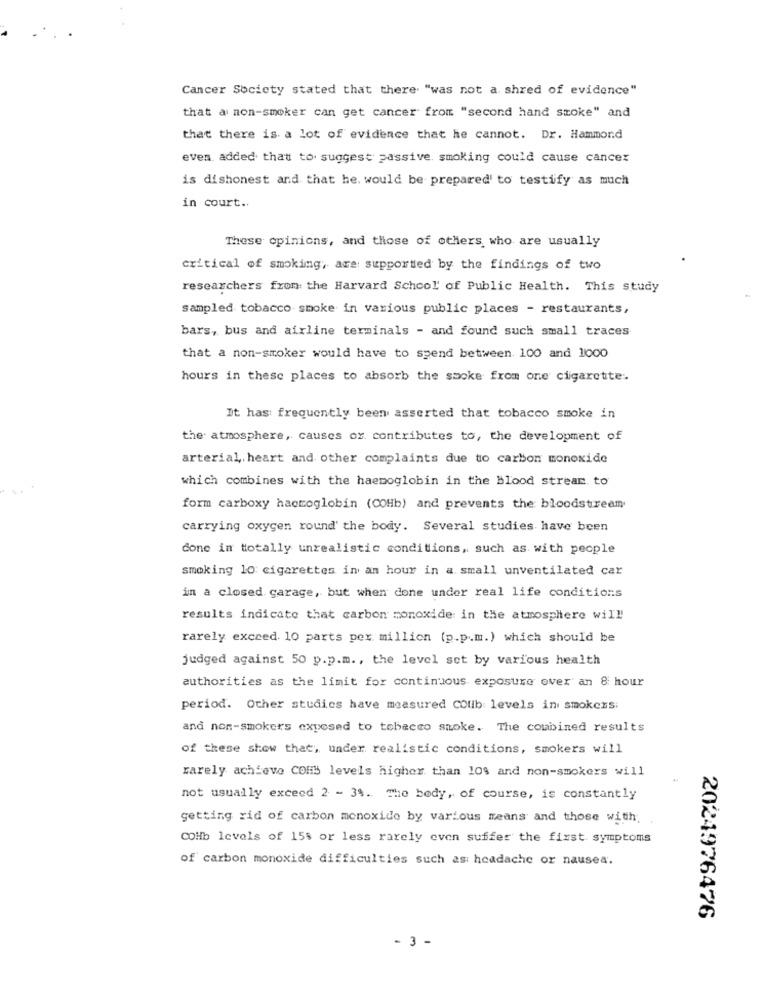
Cancer Society stated that there. "was not a. shred of evidence"
that a non-smoker can get cancer from "second hand smoke" and
that there is a lot of evidence that he cannot. Dr. Hammond
even added that to suggest passive. smoking could cause cancer
is dishonest and that he. would be prepared to testify as much
in court ..
These opinions, and those of others who are usually
critical of smoking, are supported by the findings of two
researchers from the Harvard School of Public Health. This study
sampled tobacco smoke in various public places - restaurants,
bars, bus and airline terminals - and found such small traces
that a non-smoker would have to spend between. 100 and 1000
hours in these places to absorb the smoke from one cigarette.
It has: frequently been asserted that tobacco smoke in
the atmosphere, causes or contributes to, the development of
arterial, heart and other complaints due to carbon monoxide
which combines with the haemoglobin in the blood stream. to
form carboxy haemoglobin (COHb) and prevents the bloodstream
carrying oxygen round' the body. Several studies have been
done in totally unrealistic conditions, such as with people
smoking 10: cigarettes in an hour in a small unventilated car
in a closed. garage, but when done under real life conditions
results indicate that carbon monoxide in the atmosphere will
rarely exceed. 10 parts per million (p.p.m.) which should be
judged against 50 p.p.m. , the level set by various health
authorities as the limit for continuous exposure over' an 8 hour
period. Other studies have measured COlib levels in smokers:
and non-smokers exposed to tobacco smoke. The combined results
of these show that, under realistic conditions, smokers will
rarely achieve COM levels higher than 10% and non-smokers will
not usually exceed 2 - 34. The body, of course, is constantly
getting rid of carbon monoxide by various means and those with;
COHb levels of 15s or less rarely even suffer the first symptoms
of carbon monoxide difficulties such as: headache or nausea.
2024976476
- 3 -